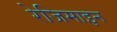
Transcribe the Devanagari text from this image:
रेजिमाइन